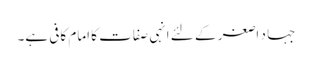
جہا د اصغر کے لئے انہی صفات کا امام کافی ہے۔